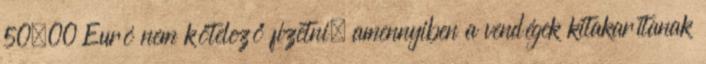
50,00 Euró nem kötelező fizetni, amennyiben a vendégek kitakarítanak